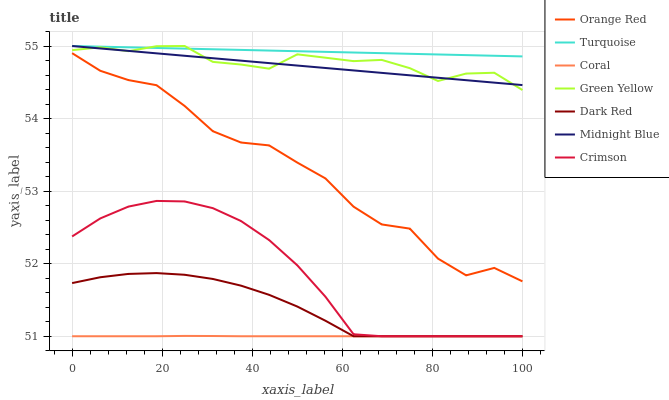
| xaxis_label | Orange Red | Turquoise | Coral | Green Yellow | Dark Red | Midnight Blue | Crimson |
 | --- | --- | --- | --- | --- | --- | --- | --- |
 | 0 | 54.9 | 55 | 51 | 54.9 | 51.7 | 55 | 52.4 |
 | 6.25 | 54.7 | 55 | 51 | 55 | 51.8 | 55 | 52.6 |
 | 12.5 | 54.5 | 55 | 51 | 54.9 | 51.9 | 54.9 | 52.8 |
 | 18.8 | 54.5 | 55 | 51 | 55 | 51.9 | 54.9 | 52.9 |
 | 25 | 54.2 | 55 | 51 | 55 | 51.8 | 54.9 | 52.9 |
 | 31.2 | 53.8 | 55 | 51 | 54.8 | 51.8 | 54.8 | 52.8 |
 | 37.5 | 53.7 | 54.9 | 51 | 54.7 | 51.7 | 54.8 | 52.6 |
 | 43.8 | 53.6 | 54.9 | 51 | 54.7 | 51.6 | 54.8 | 52.3 |
 | 50 | 53.4 | 54.9 | 51 | 54.9 | 51.4 | 54.7 | 52 |
 | 56.2 | 53.2 | 54.9 | 51 | 54.8 | 51.2 | 54.7 | 51.5 |
 | 62.5 | 52.8 | 54.9 | 51 | 54.8 | 51 | 54.7 | 51 |
 | 68.8 | 52.5 | 54.9 | 51 | 54.8 | 51 | 54.6 | 51 |
 | 75 | 52.5 | 54.9 | 51 | 54.7 | 51 | 54.6 | 51 |
 | 81.2 | 52.1 | 54.9 | 51 | 54.5 | 51 | 54.6 | 51 |
 | 87.5 | 51.8 | 54.9 | 51 | 54.6 | 51 | 54.5 | 51 |
 | 93.8 | 51.9 | 54.9 | 51 | 54.6 | 51 | 54.5 | 51 |
 | 100 | 51.8 | 54.9 | 51 | 54.4 | 51 | 54.5 | 51 |